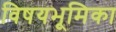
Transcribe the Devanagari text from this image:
विषयभूमिका